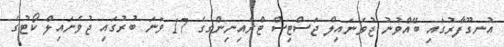
އުނގޫފާރުގައި ބޭއްވުނު ޖުވެނައިލް ޖަސްޓިސް ޓްރެއިނިންގގެ 17 ވަނަ ބުރުގައި ޖުވެނައިލް ކޯޓުގެ